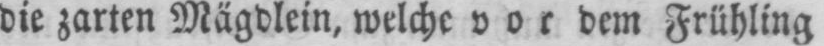
die zarten Mägdlein, welche vor dem Frühling